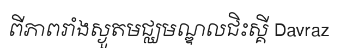
ពីភាពរាំងស្ងួតមជ្ឈមណ្ឌលជិះស្គី Davraz